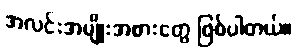
အလင်းအမျိုးအစားတွေ ဖြစ်ပါတယ်။